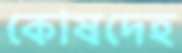
কোষদেহ